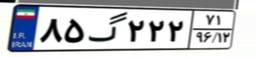
۸۵گ۲۲۲۷۱